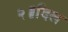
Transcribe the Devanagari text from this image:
२॥दिल